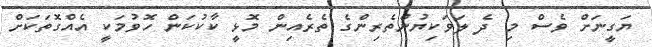
ޔަގީނަށް ވެސް މި ދެ ލަވަކިޔުންތެރިންގެ ތެރެއިން މޮޅީ ކާކުކަން ހޮވުމަކީ އެއްގޮތަކަށް